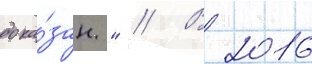
дока́зан." // В 2016